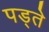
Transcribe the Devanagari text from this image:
पड्ते